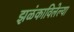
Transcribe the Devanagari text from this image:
झळंकाविलेल्या